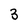
Character: 3